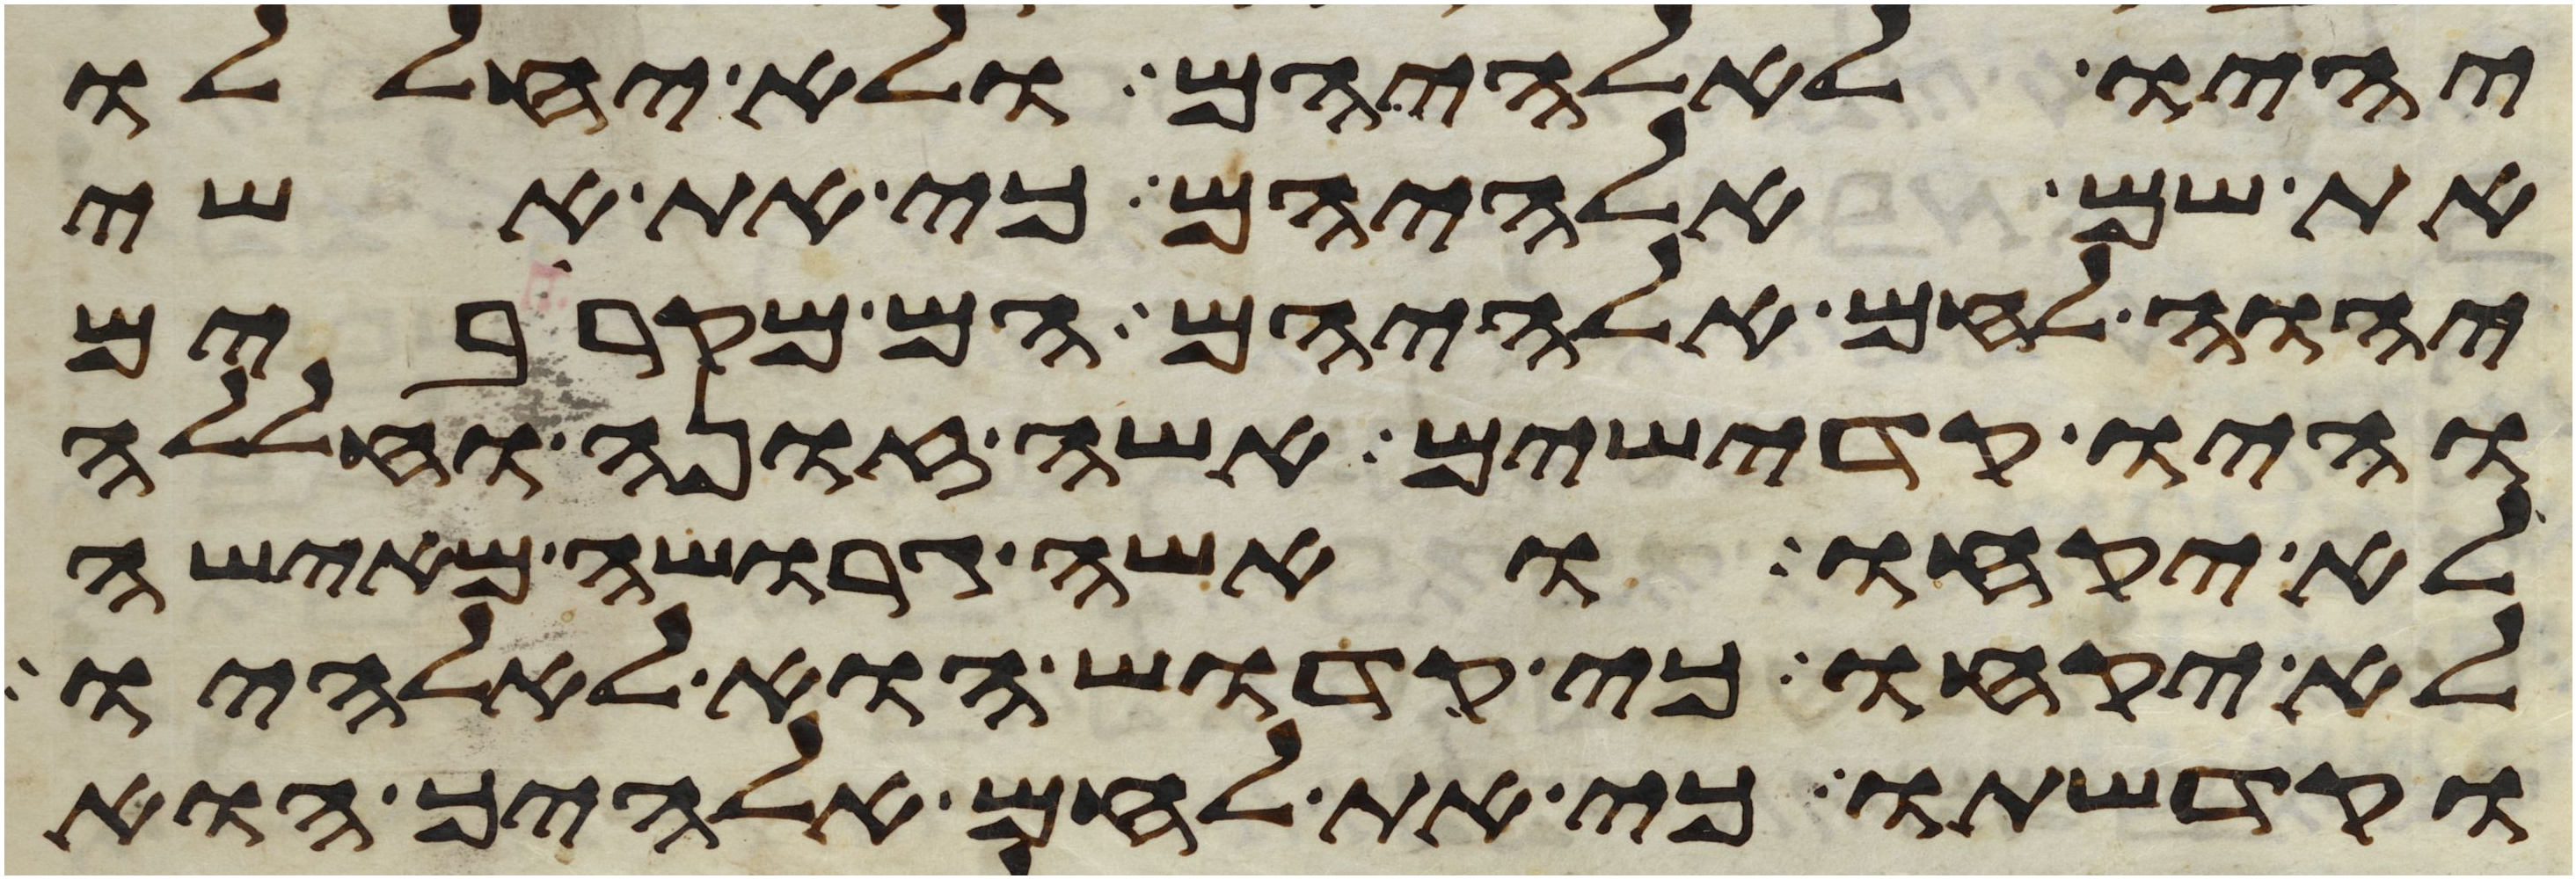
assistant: יהיו לאלהיהם ולא יחללו
את שם אלהיהם כי את אשי
יהוה לחם אלהיהם הם מקרבים
והיו קדישים אשה זונה וחללה
לא יקחו ואשה גרושה מאישה
לא יקחו כי קדוש הוא לאלהיו
וקדשתו כי את לחם אלהיך הוא